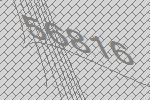
56816